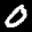
Label: 0